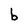
Character: b